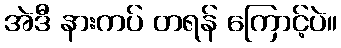
အဲဒီ နားကပ် တရန် ကြောင့်ပဲ။